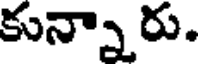
కున్నారు.